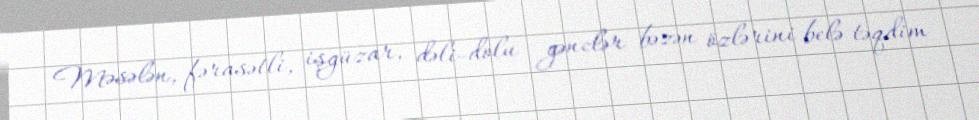
Məsələn, fərasətli, işgüzar, dəli-dolu gənclər bəzən özlərini belə təqdim